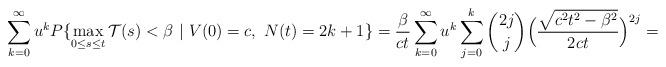
LaTeX: \begin{align*}\sum_{k=0}^\infty u^kP\{\max_{0\le s\le t}\mathcal{T}(s)< \beta\ |\ V(0) = c,\ N(t) = 2k+1\} = \frac{\beta}{ct}\sum_{k=0}^\infty u^k\sum_{j=0}^{k}\binom{2j}{j}\Bigl(\frac{\sqrt{c^2t^2-\beta^2}}{2ct} \Bigr)^{2j} = \end{align*}